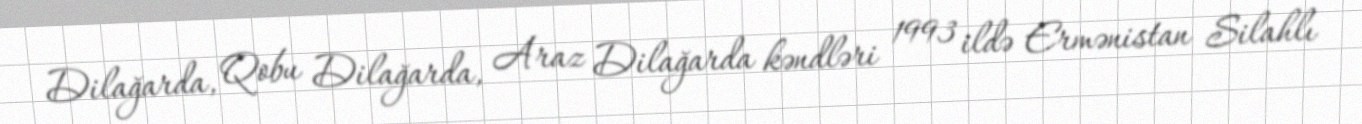
Dilağarda, Qobu Dilağarda, Araz Dilağarda kəndləri 1993 ildə Ermənistan Silahlı